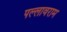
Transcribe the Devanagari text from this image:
पल्लावराम